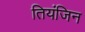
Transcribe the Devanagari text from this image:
तियंजिन